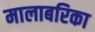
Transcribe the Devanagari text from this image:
मालाबरिका